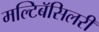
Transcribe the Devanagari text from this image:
मल्टिबॅसिलरी